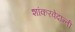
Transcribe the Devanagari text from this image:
शांकरवेदान्ती